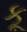
કૂ